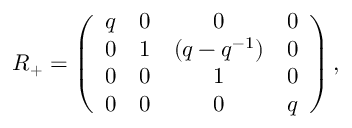
R _ { + } = \left( \begin{array} { c c c c } { { q } } & { { 0 } } & { { 0 } } & { { 0 } } \\ { { 0 } } & { { 1 } } & { { ( q - q ^ { - 1 } ) } } & { { 0 } } \\ { { 0 } } & { { 0 } } & { { 1 } } & { { 0 } } \\ { { 0 } } & { { 0 } } & { { 0 } } & { { q } } \end{array} \right) ,